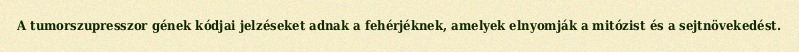
A tumorszupresszor gének kódjai jelzéseket adnak a fehérjéknek, amelyek elnyomják a mitózist és a sejtnövekedést.